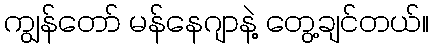
ကျွန်တော် မန်နေဂျာနဲ့ တွေ့ချင်တယ်။